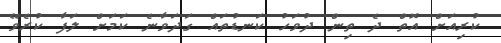
ކުރިއަށް އޮތް ދެ ތިން ދުވަހު ކަނޑުތައް ގަދަވާނެ ކަމަށް ލަފާ ކުރެވޭ